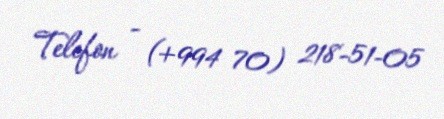
Telefon - (+994 70) 218-51-05